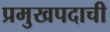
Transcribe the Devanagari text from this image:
प्रमुखपदाची